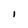
Character: 1